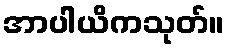
အာပါယိကသုတ်။